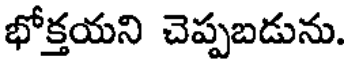
భోక్తయని చెప్పబడును.